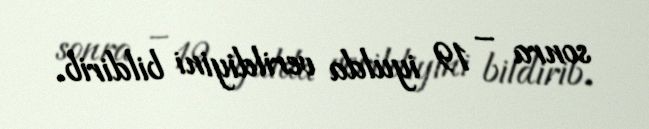
sonra – 19 iyulda verildiyini bildirib.